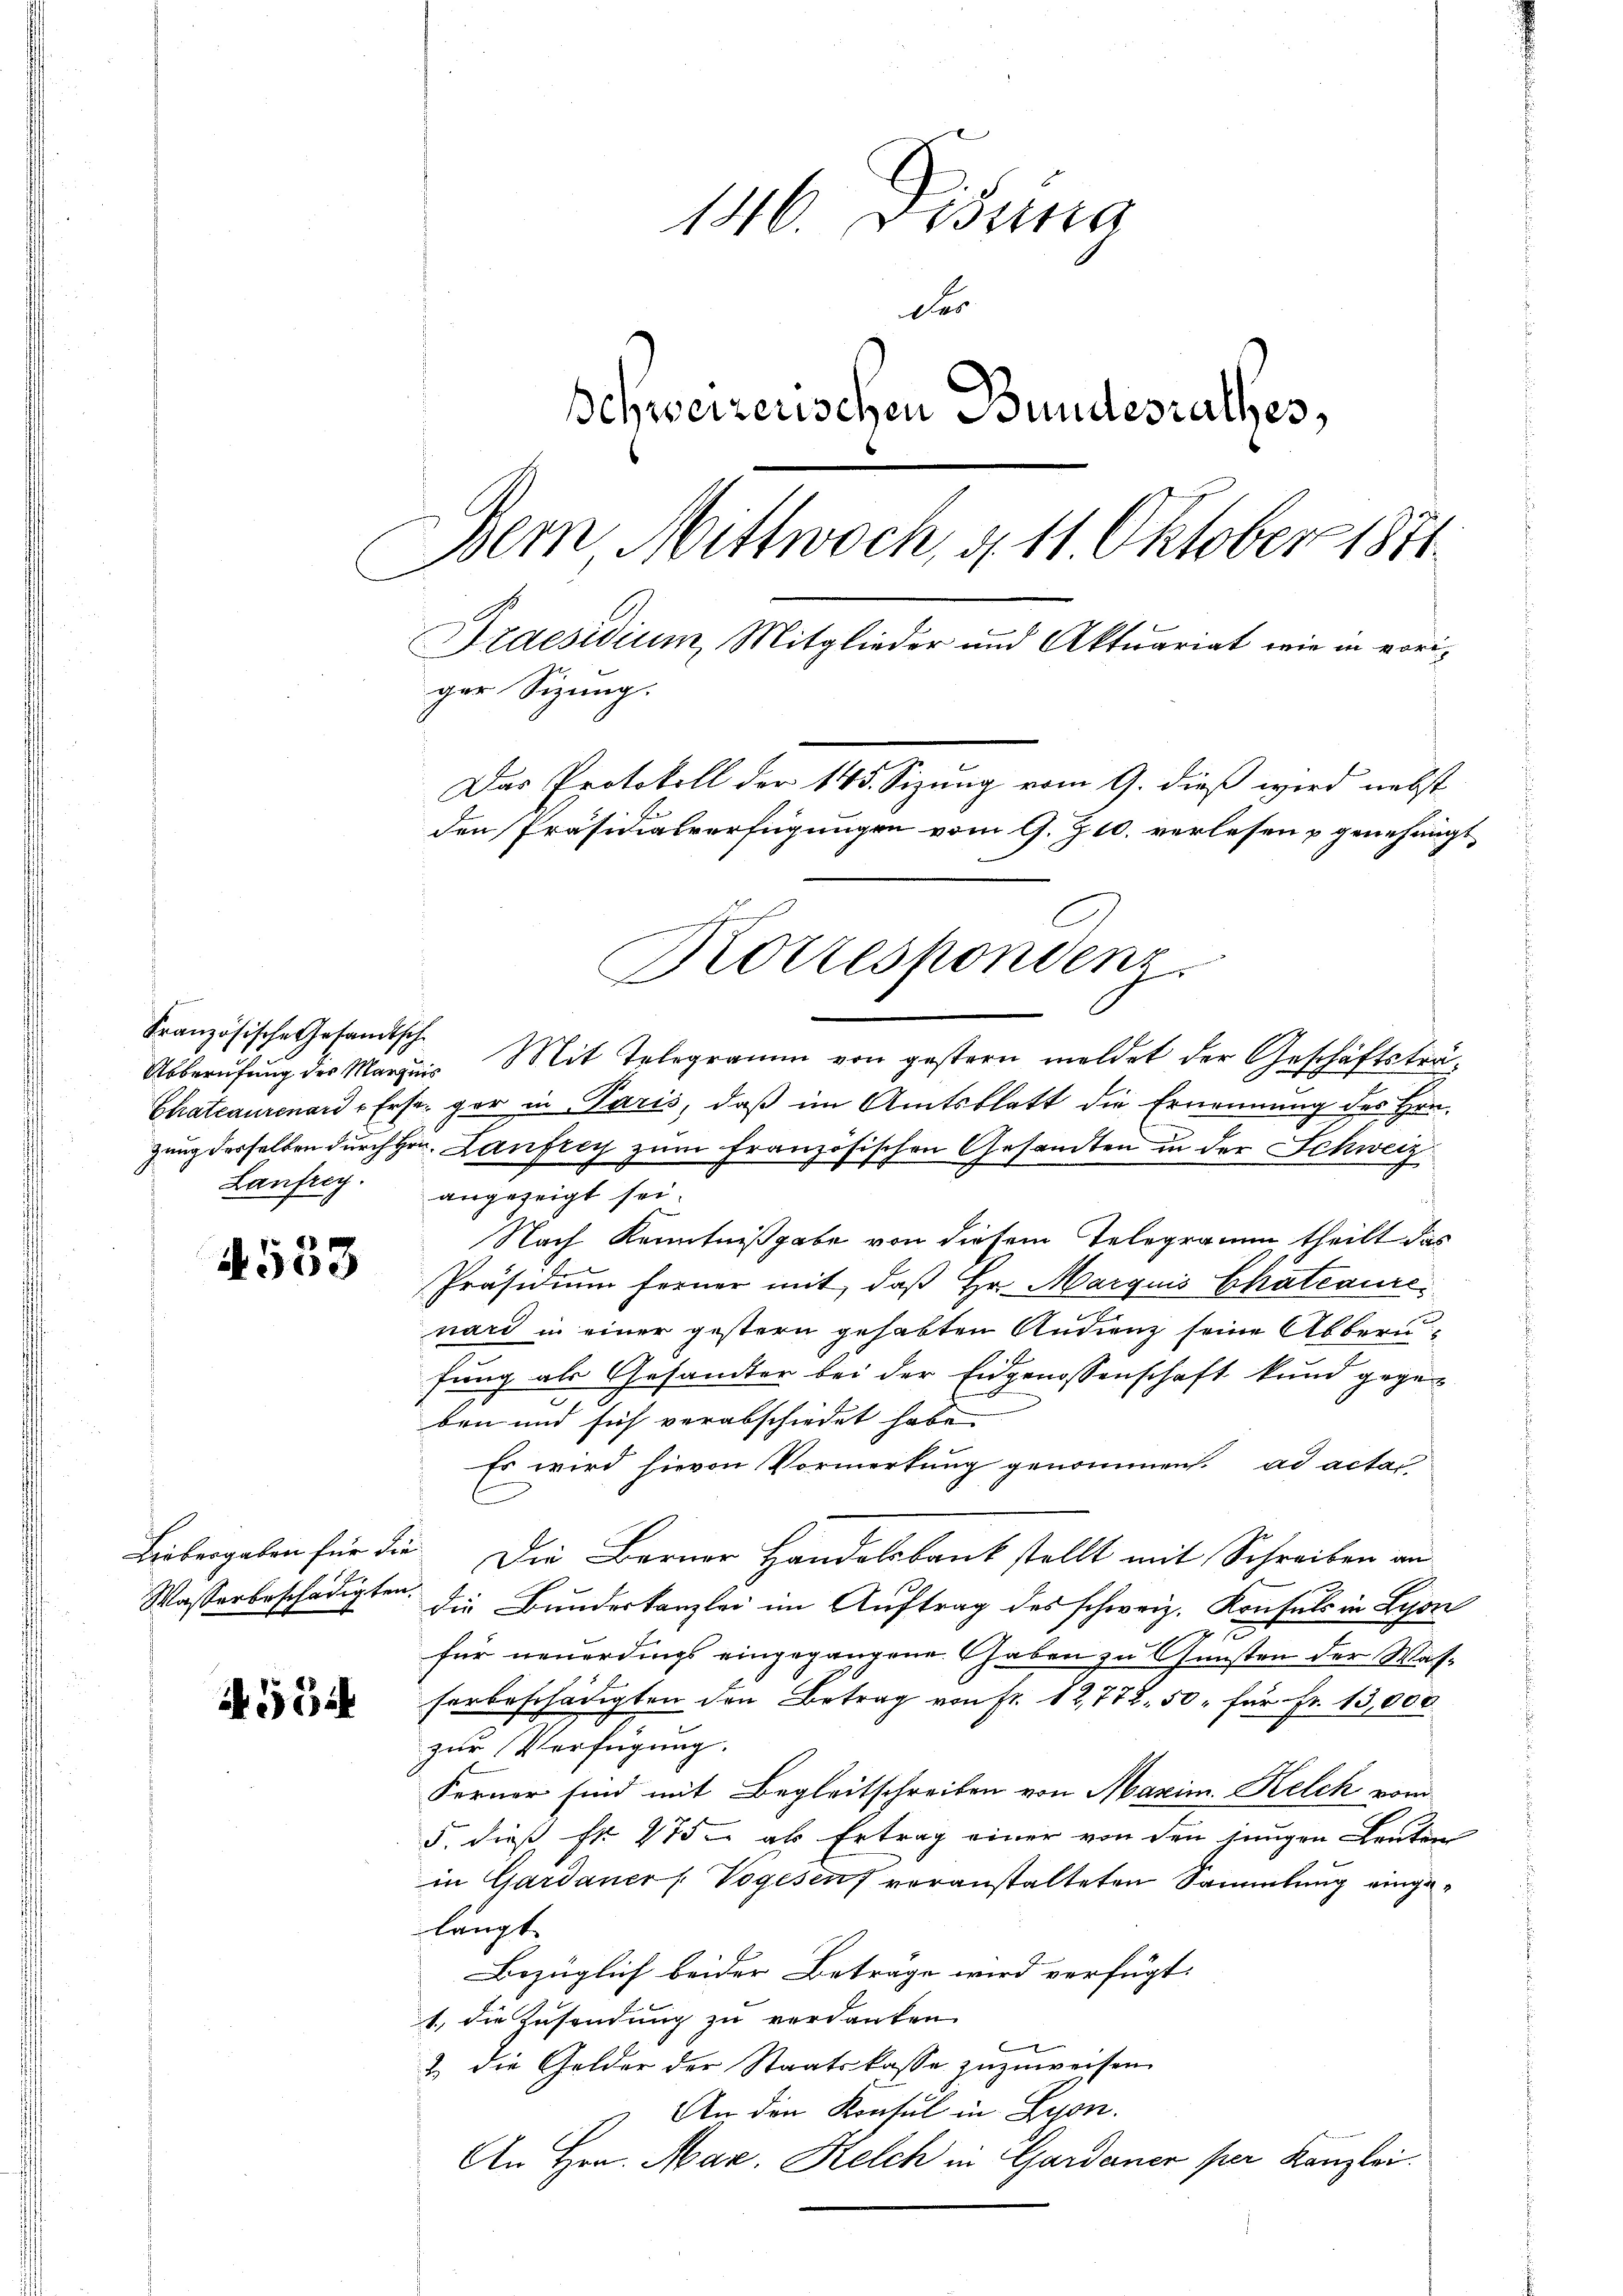
Französische Gesandtsche
Laufrig.

4553

Wasserbeschädigten.

554

146. Disena
der
Schweizerischen Bundesrathes,
Dem Mittwoch, d. 11. Oktober 1871
ürmen
Praesidium, Mitglieder und Aktuariat wie in voriger Sitzung.
Das Protokoll der 145. Sizung vom 9. dieß wird nebst
den Präsidialverfügungen vom 9. 710. verlesen u genehmigt

Abberufung des Marquis Mit Telegramm von gestern meldet der Geschäftsträ¬
Chateaurenard-Erst gar in Paris, daß im Amtsblatt die Ernennung des Hrn.
zung derselben durch Hrn. Laufrey zum Französischen Gesandten in der Schweiz
angezeigt sei.
Nach Kenntnißgabe von diesem Telegramm theilt das
Präsidium ferner mit, daß Hr. Marquis Chateaure
nard in einer gestern gehabten Audienz seine Abberufung als Gesandter bei der Eidgenossenschaft kund gegeben und sich verabschiedet habe
Es wird hievon Vormerkung genommen. ad actar
Liebergaben für die Die Berner Handelsbank stellt mit Schreiben an
die Bundeskanzlei im Auftrag des schweiz. Konsuls in Lyon
für neuerdings eingegangene Gaben zu Gunsten der Wassorbeschädigten den Betrag von Fr. 12,772. 50. für Fr. 13,000
zur Verfügung.
Ferner sind mit Begleitschreiben von Maxim. Kelch vom
5. dieß fr. 275. als Ertrag einer von den jungen Leuten
in Gardauer Vogesen voranstalteten Sammlung eingelangt.
Bezüglich beider Beträge wird verfügt:
1., die Zusendung zu verdanken.
& die Gelder der Staatskasse zuzuweisen.
An den Konsul in Lyon.
An Hrn. Mar. Kelch in Gardauer per Kanzlei.

Rottespondenz.